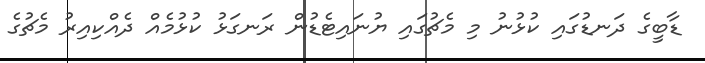
ޑާބީގެ ދަނޑުގައި ކުޅުނު މި މެޗުގައި ޔުނައިޓެޑުން ރަނގަޅު ކުޅުމެއް ދެއްކިއިރު މެޗުގެ